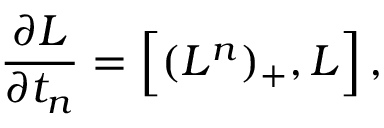
{ \frac { \partial { L } } { \partial t _ { n } } } = \Big [ ( { L } ^ { n } ) _ { + } , { L } \Big ] \, ,